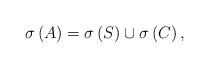
LaTeX: \begin{align*}\sigma \left( A\right) =\sigma \left( S\right) \cup \sigma \left( C\right),\end{align*}